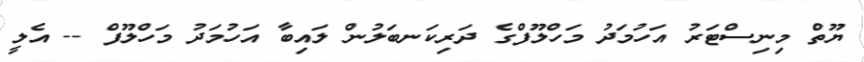
ޔޫތް މިނިސްޓަރު އަހުމަދު މަހްލޫފްގެ ދަރިކަނބަލުން ލައިބާ އަހުމަދު މަހްލޫފް -- އެލީ